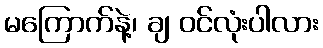
မကြောက်နဲ့၊ ချ ဝင်လုံးပါလား